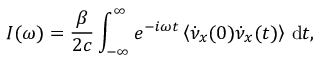
I ( \omega ) = { \frac { \beta } { 2 c } } \int _ { - \infty } ^ { \infty } e ^ { - i \omega t } \left< \dot { \nu } _ { x } ( 0 ) \dot { \nu } _ { x } ( t ) \right> \, \mathrm { d } t ,